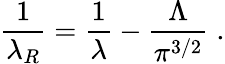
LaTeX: \frac{1}{\lambda_{R}}=\frac{1}{\lambda}-\frac{\Lambda}{\pi^{3/2}}\; .